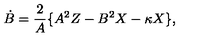
\dot { B } = \frac { 2 } { A } \{ A ^ { 2 } Z - B ^ { 2 } X - \kappa X \} ,